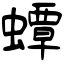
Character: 蟫